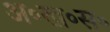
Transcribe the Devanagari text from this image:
अ॰ख॰स॰